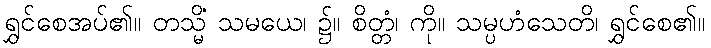
ရွှင်စေအပ်၏။ တသ္မိံ သမယေ၊ ၌။ စိတ္တံ၊ ကို။ သမ္ပဟံသေတိ၊ ရွှင်စေ၏။